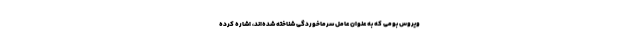
ویروس بومی که به عنوان عامل سرماخوردگی شناخته شده‌اند، اشاره کرده